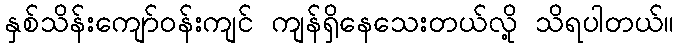
နှစ်သိန်းကျော်ဝန်းကျင် ကျန်ရှိနေသေးတယ်လို့ သိရပါတယ်။